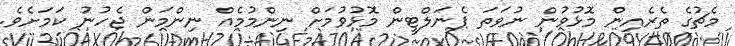
މެޗުގެ ތެރެއިން މޮޅުވުން ނުވަތަ ޕެނަލްޓީން މޮޅުވުމަށް ނިންމުމެއް ނިންމަން ޖެހުނު ކަމަށެވެ.